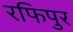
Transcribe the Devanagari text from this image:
रफिपुर